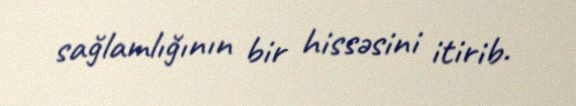
sağlamlığının bir hissəsini itirib.